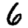
Digit: 6